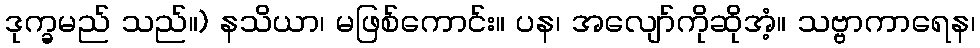
ဒုက္ခမည် သည်။) နသိယာ၊ မဖြစ်ကောင်း။ ပန၊ အလျော်ကိုဆိုအံ့။ သဗ္ဗာကာရေန၊